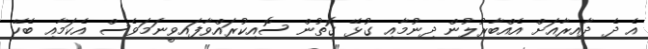
އެ ދެ ދާއިރާއަށް އެއްބާރުލުން ދިނުމާއި ގުޅޭ ގޮތުން ސޮއިކުރައްވާފައިވީނަމަވެސް އެކަމާއި ބެހޭ